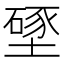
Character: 𱗵